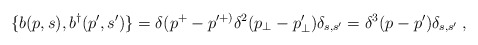
\begin{align*}\{b(p,s),b^\dagger(p^\prime,s^\prime)\}=\delta(p^+ - p^{\prime +)}\delta^2 (p_\perp - p_\perp^\prime) \delta_{s,s^\prime} =\delta^3 (p - p^\prime) \delta_{s,s^\prime}\;,\end{align*}